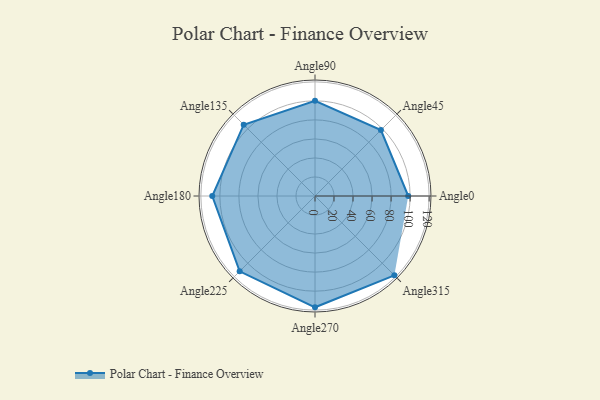
{"axis": {"x": "Angle", "y": "Radius"}, "legend": [""], "data": [{"x": "Angle0", "y": 98.0, "type": ""}, {"x": "Angle45", "y": 98.0, "type": ""}, {"x": "Angle90", "y": 100.0, "type": ""}, {"x": "Angle135", "y": 106.0, "type": ""}, {"x": "Angle180", "y": 108.0, "type": ""}, {"x": "Angle225", "y": 112.0, "type": ""}, {"x": "Angle270", "y": 117.0, "type": ""}, {"x": "Angle315", "y": 118.0, "type": ""}]}